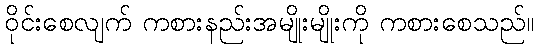
ဝိုင်းစေလျက် ကစားနည်းအမျိုးမျိုးကို ကစားစေသည်။